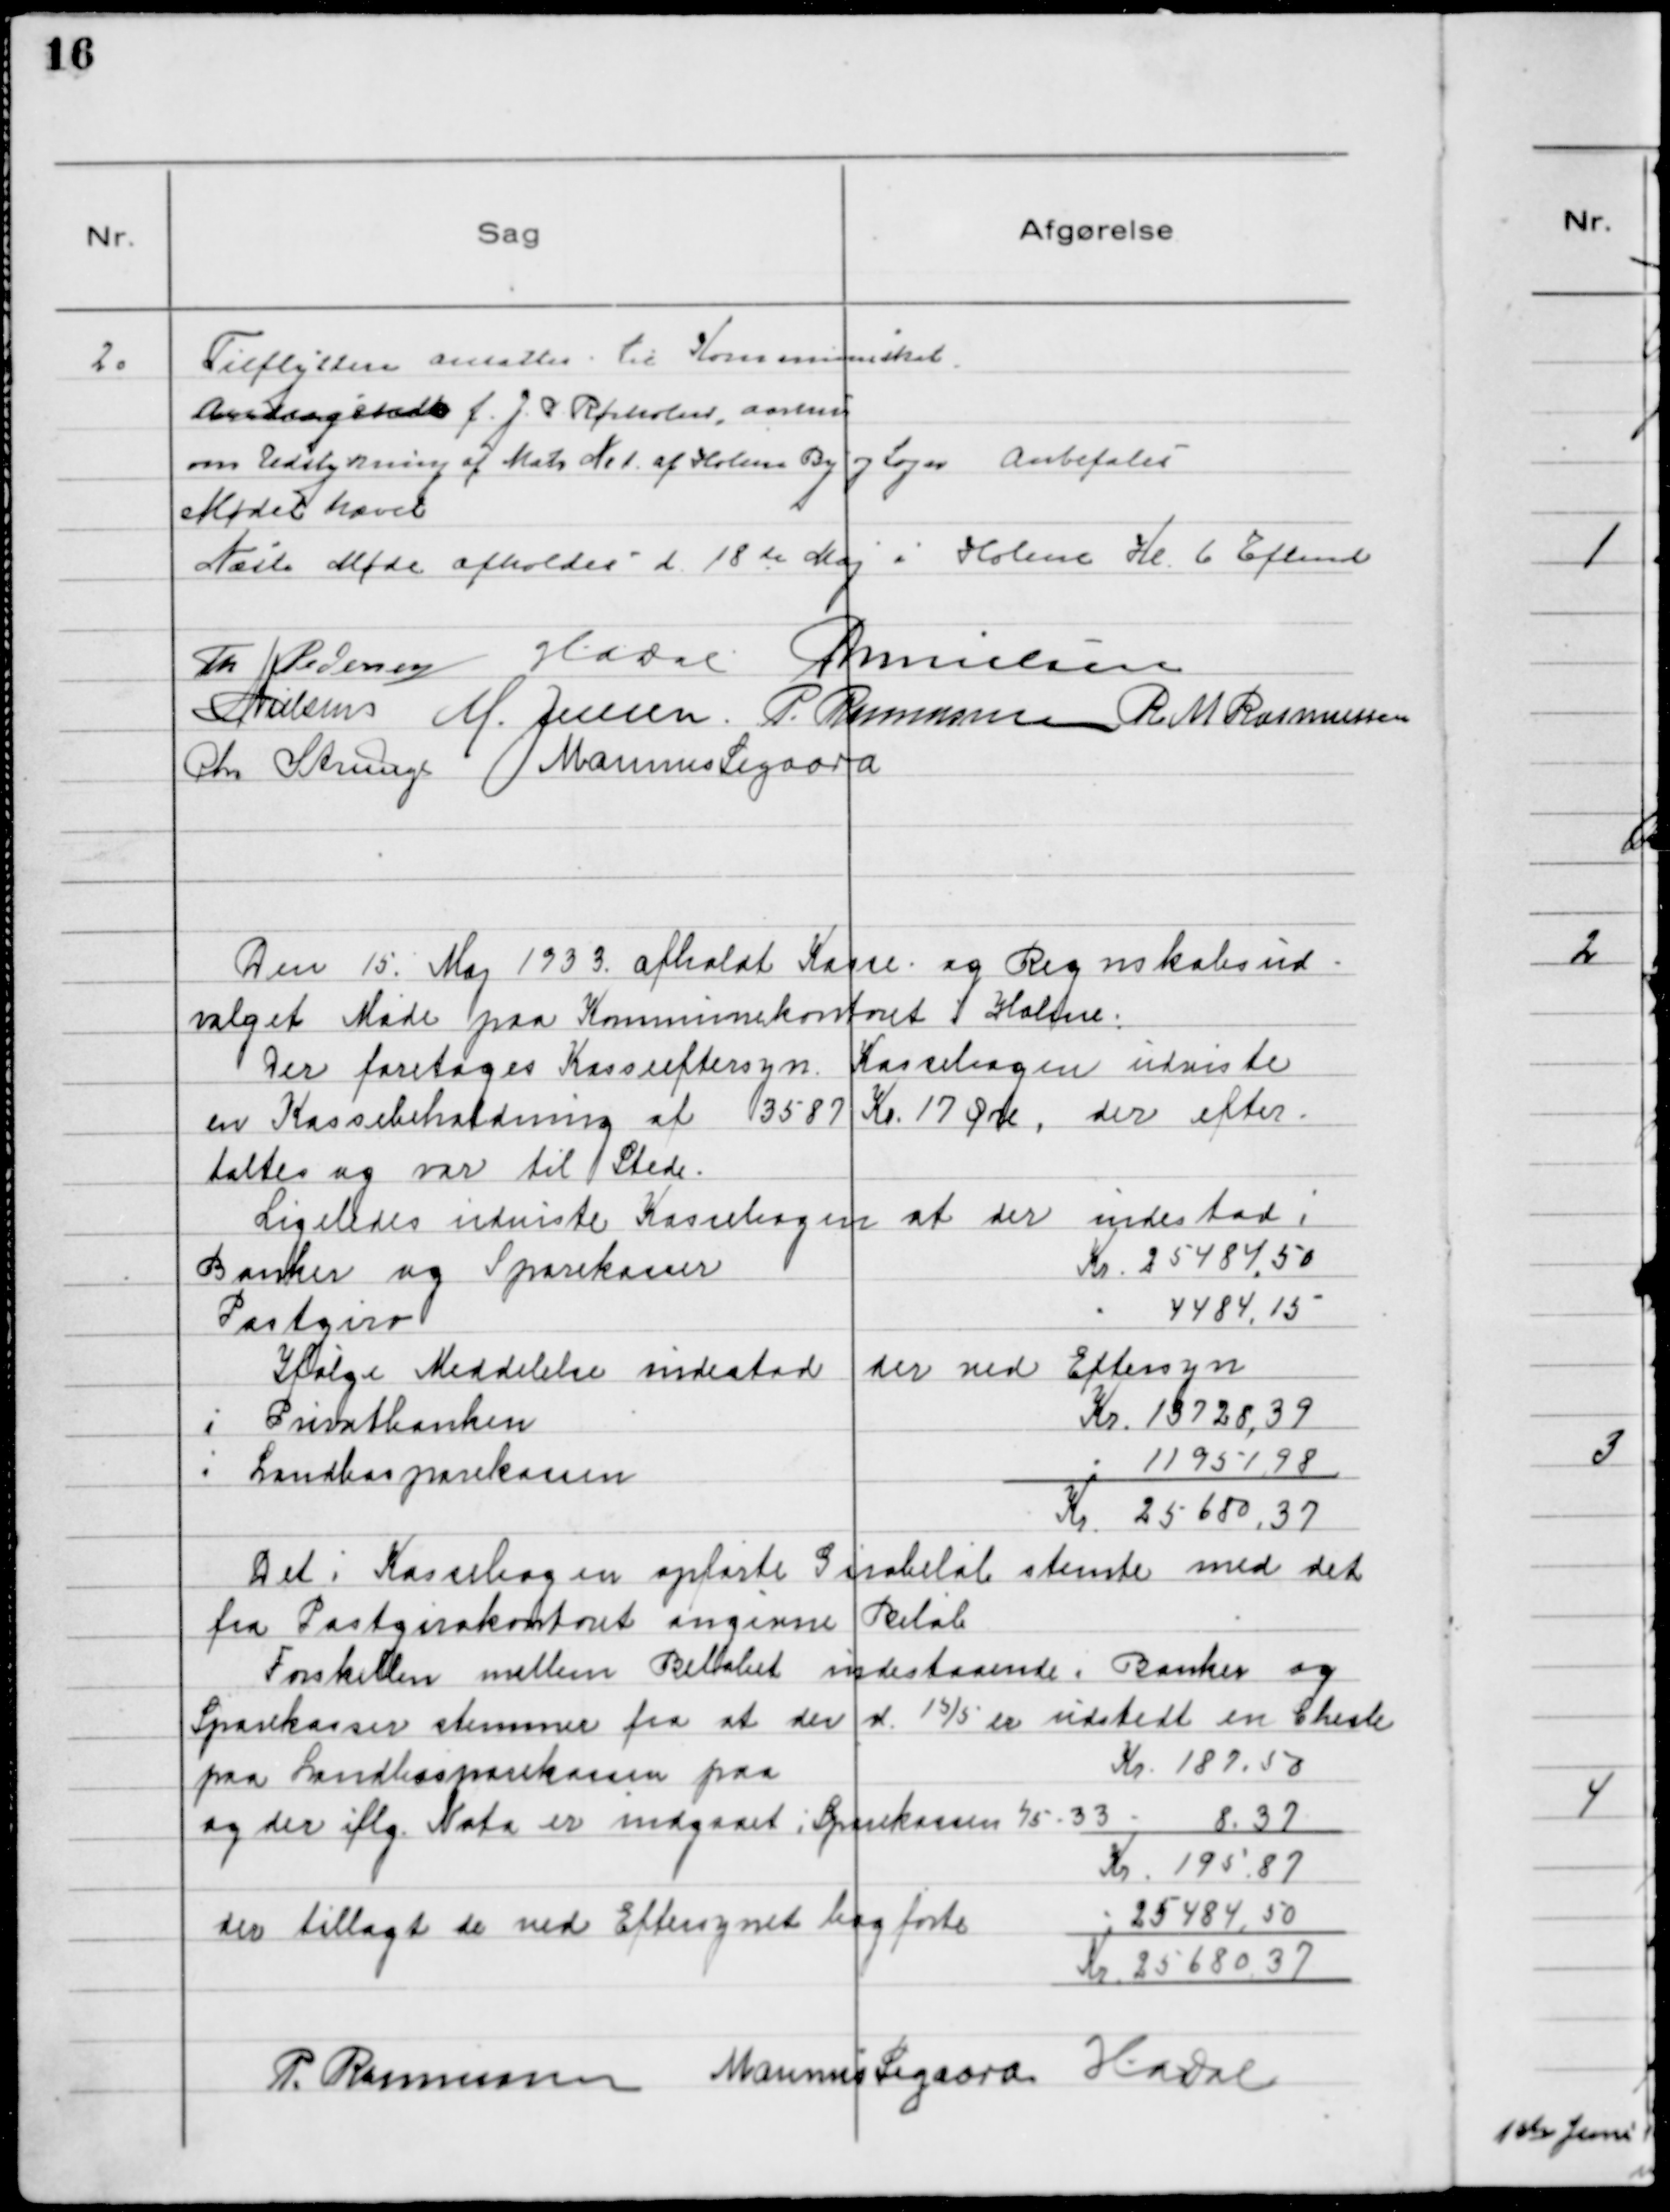
Transskription:
20.
Tilflyttere ansattes til Kommuneskat.
Andragende f. J. P. Rørholm, Aarhus
om Udstykning af Matr №1 af Holme By og Sogn

Anbefales

Mødet hævet
Næste Møde afholdes d 18 de Maj i Holme Kl 6 Eftemd
Th Pedersen HaDal MNielsen
NNielsen M. Jensen P. Rasmussen R M Rasmussen
Chr Strunge Marinus Sigaard

Den 15. Maj 1933 afholdt Kasse- og Regnskabsud-
valget Møde paa Kommunekontoret i Holme.
Der foretoges Kasseeftersyn. Kassebogen udviste
en Kassebeholdning af 3587 Kr. 17 Øre, der efter-
taltes og var til Stede.
Ligeledes udviste Kassebogen at der indestod i
Banker og Sparekasser
Kr. 2548,50
Postgiro
-
4484,15
Ifølge Meddelelse indestod der ved Eftersyn
i Privatbanken
Kr. 13728,39
i Landbosparekassen
- 11951,98
Kr. 25680,37
Det i Kassebogen opførte Girobeløb stemte med det
fra Postgirokontoret angivne Beløb
Forskellen mellem Beløbet indestaaende i Banker og
Sparekasser stammer fra at der d. 15/5 er udstedt en Chek
paa Landbosparekassen paa
Kr. 187,50
og der iflg. Nota er indgaaet i Sparekassen 75 - 33 -
8.37
Kr. 195.87
der tillagt de ved Eftersynet bogførte
- 25484,50
Kr. 25680,37
P. Rasmussen Marinus Sigaard HaDal